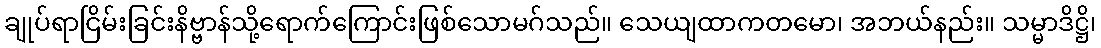
ချုပ်ရာငြိမ်းခြင်းနိဗ္ဗာန်သို့ရောက်ကြောင်းဖြစ်သောမဂ်သည်။ သေယျထာကတမော၊ အဘယ်နည်း။ သမ္မာဒိဋ္ဌိ၊